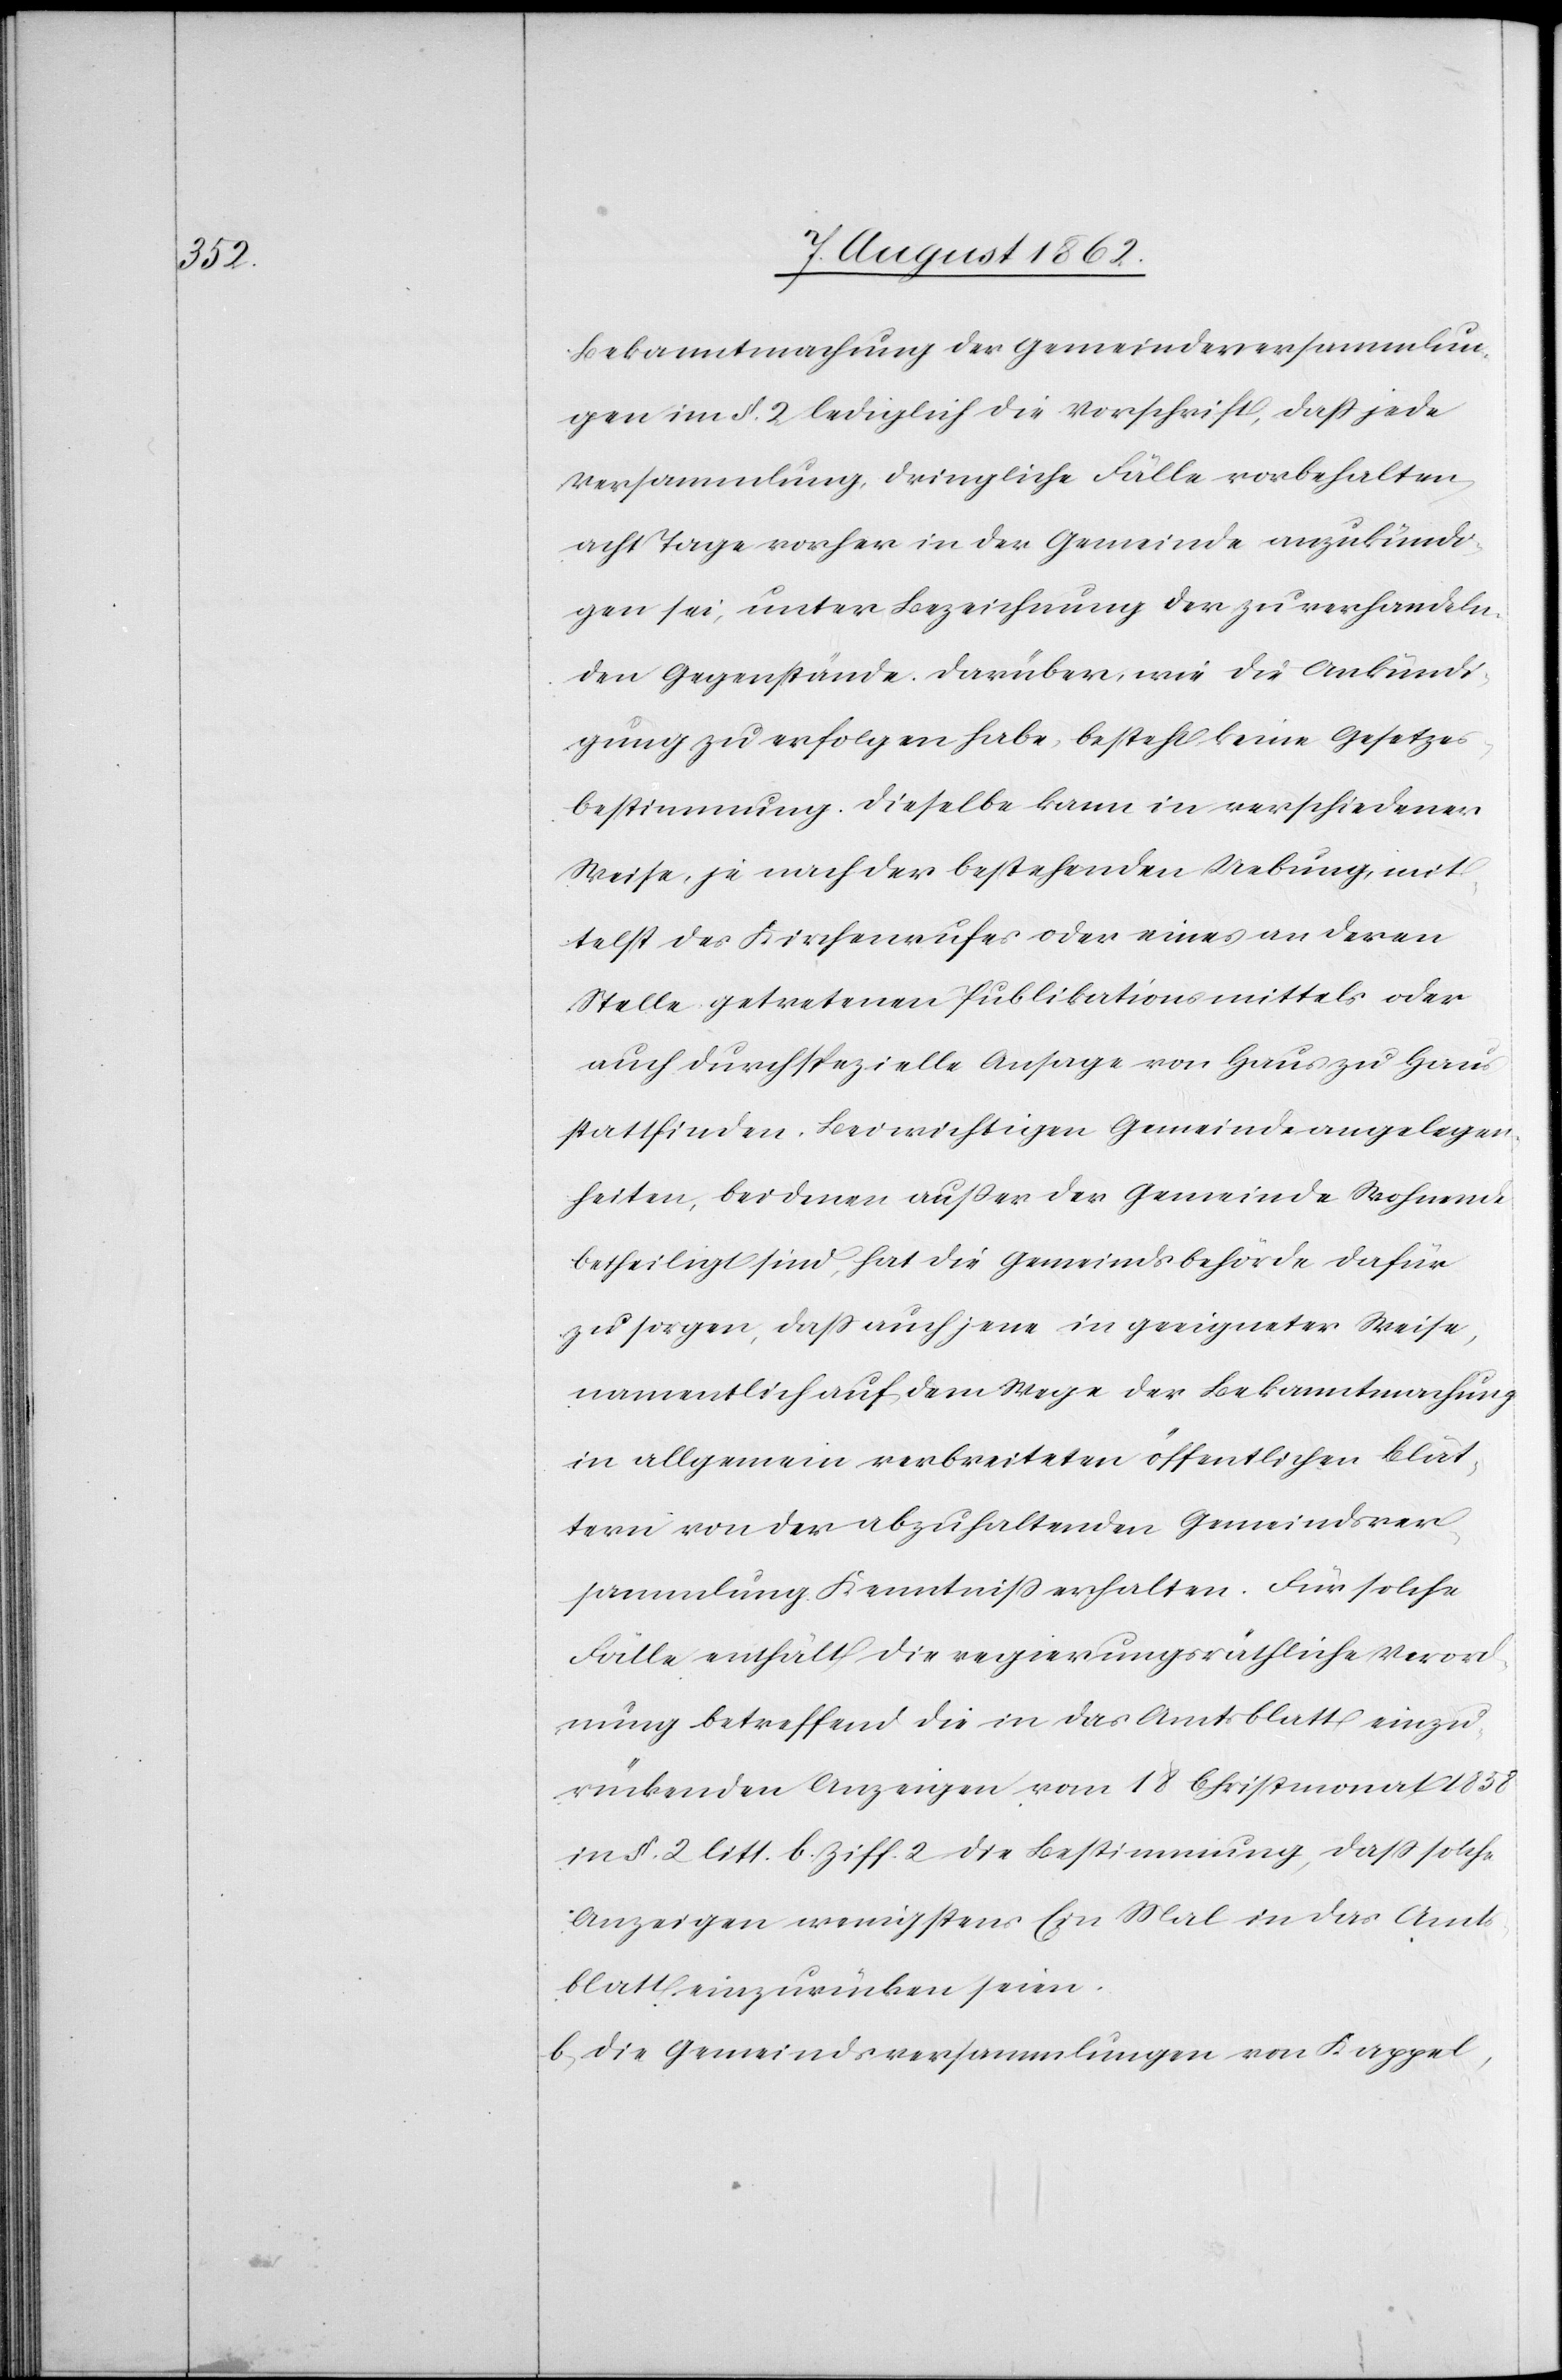
Bekanntmachung der Gemeindeversammlun¬
gen im §. 2 lediglich die Vorschrift, daß jede
Versammlung, dringliche Fälle vorbehalten,
acht Tage vorher in der Gemeinde anzukündi¬
gen sei, unter Bezeichnung der zu verhandeln¬
den Gegenstände. Darüber, wie die Ankündi¬
gung zu erfolgen habe, besteht keine Gesetzes¬
bestimmung. Dieselbe kann in verschiedener
Weise, je nach der bestehenden Uebung, mit¬
telst des Kirchenrufes oder eines an deren
Stelle getretenen Publikationsmittels oder
auch durch spezielle Ansage von Haus zu Haus
stattfinden. Bei wichtigen Gemeindeangelegen¬
heiten, bei denen außer der Gemeinde Wohnende
betheiligt sind, hat die Gemeindsbehörde dafür
zu sorgen, daß auch jene in geeigneter Weise,
namentlich auf dem Wege der Bekanntmachung
in allgemein verbreiteten öffentlichen Blät¬
tern von der abzuhaltenden Gemeindsver¬
sammlung Kenntniß erhalten. Für solche
Fälle enthält die regierungsräthliche Verord¬
nung betreffend die in das Amtsblatt einzu¬
rückenden Anzeigen vom 18. Christmonat 1858
in §. 2 lit. b Ziff. 2 die Bestimmung, daß solche
Anzeigen wenigstens Ein Mal in das Amt¬
sblatt einzurücken seien.
b) die Gemeindsversammlungen von Kappel,